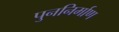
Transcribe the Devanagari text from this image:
पुननिर्माण